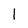
Character: l